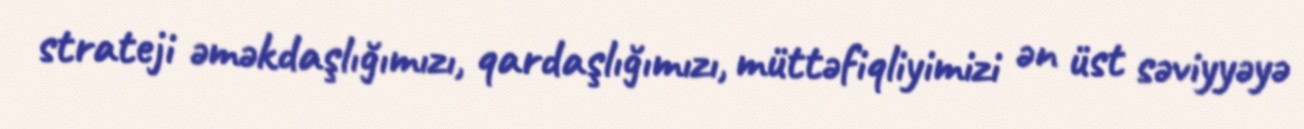
strateji əməkdaşlığımızı, qardaşlığımızı, müttəfiqliyimizi ən üst səviyyəyə